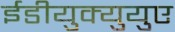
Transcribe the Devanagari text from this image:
ईडीयुक्युयुए